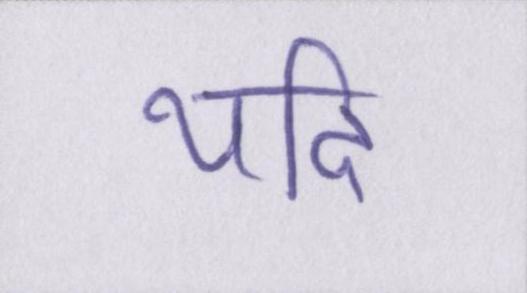
यदि